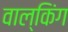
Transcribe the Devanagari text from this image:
वाल्किंग